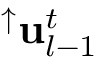
^ \uparrow \mathrm { \mathbf { u } } _ { l - 1 } ^ { t }